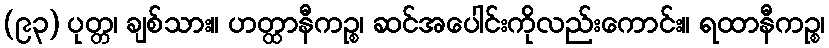
(၉၃) ပုတ္တ၊ ချစ်သား။ ဟတ္ထာနီကဉ္စ၊ ဆင်အပေါင်းကိုလည်းကောင်း။ ရထာနီကဉ္စ၊